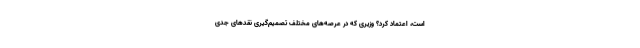
است، اعتماد کرد؟ وزیری که در عرصه‌های مختلف تصمیم‌گیری نقدهای جدی